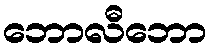
ဘောလီဘော